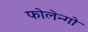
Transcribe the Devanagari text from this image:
फोलेन्गो